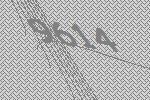
9614